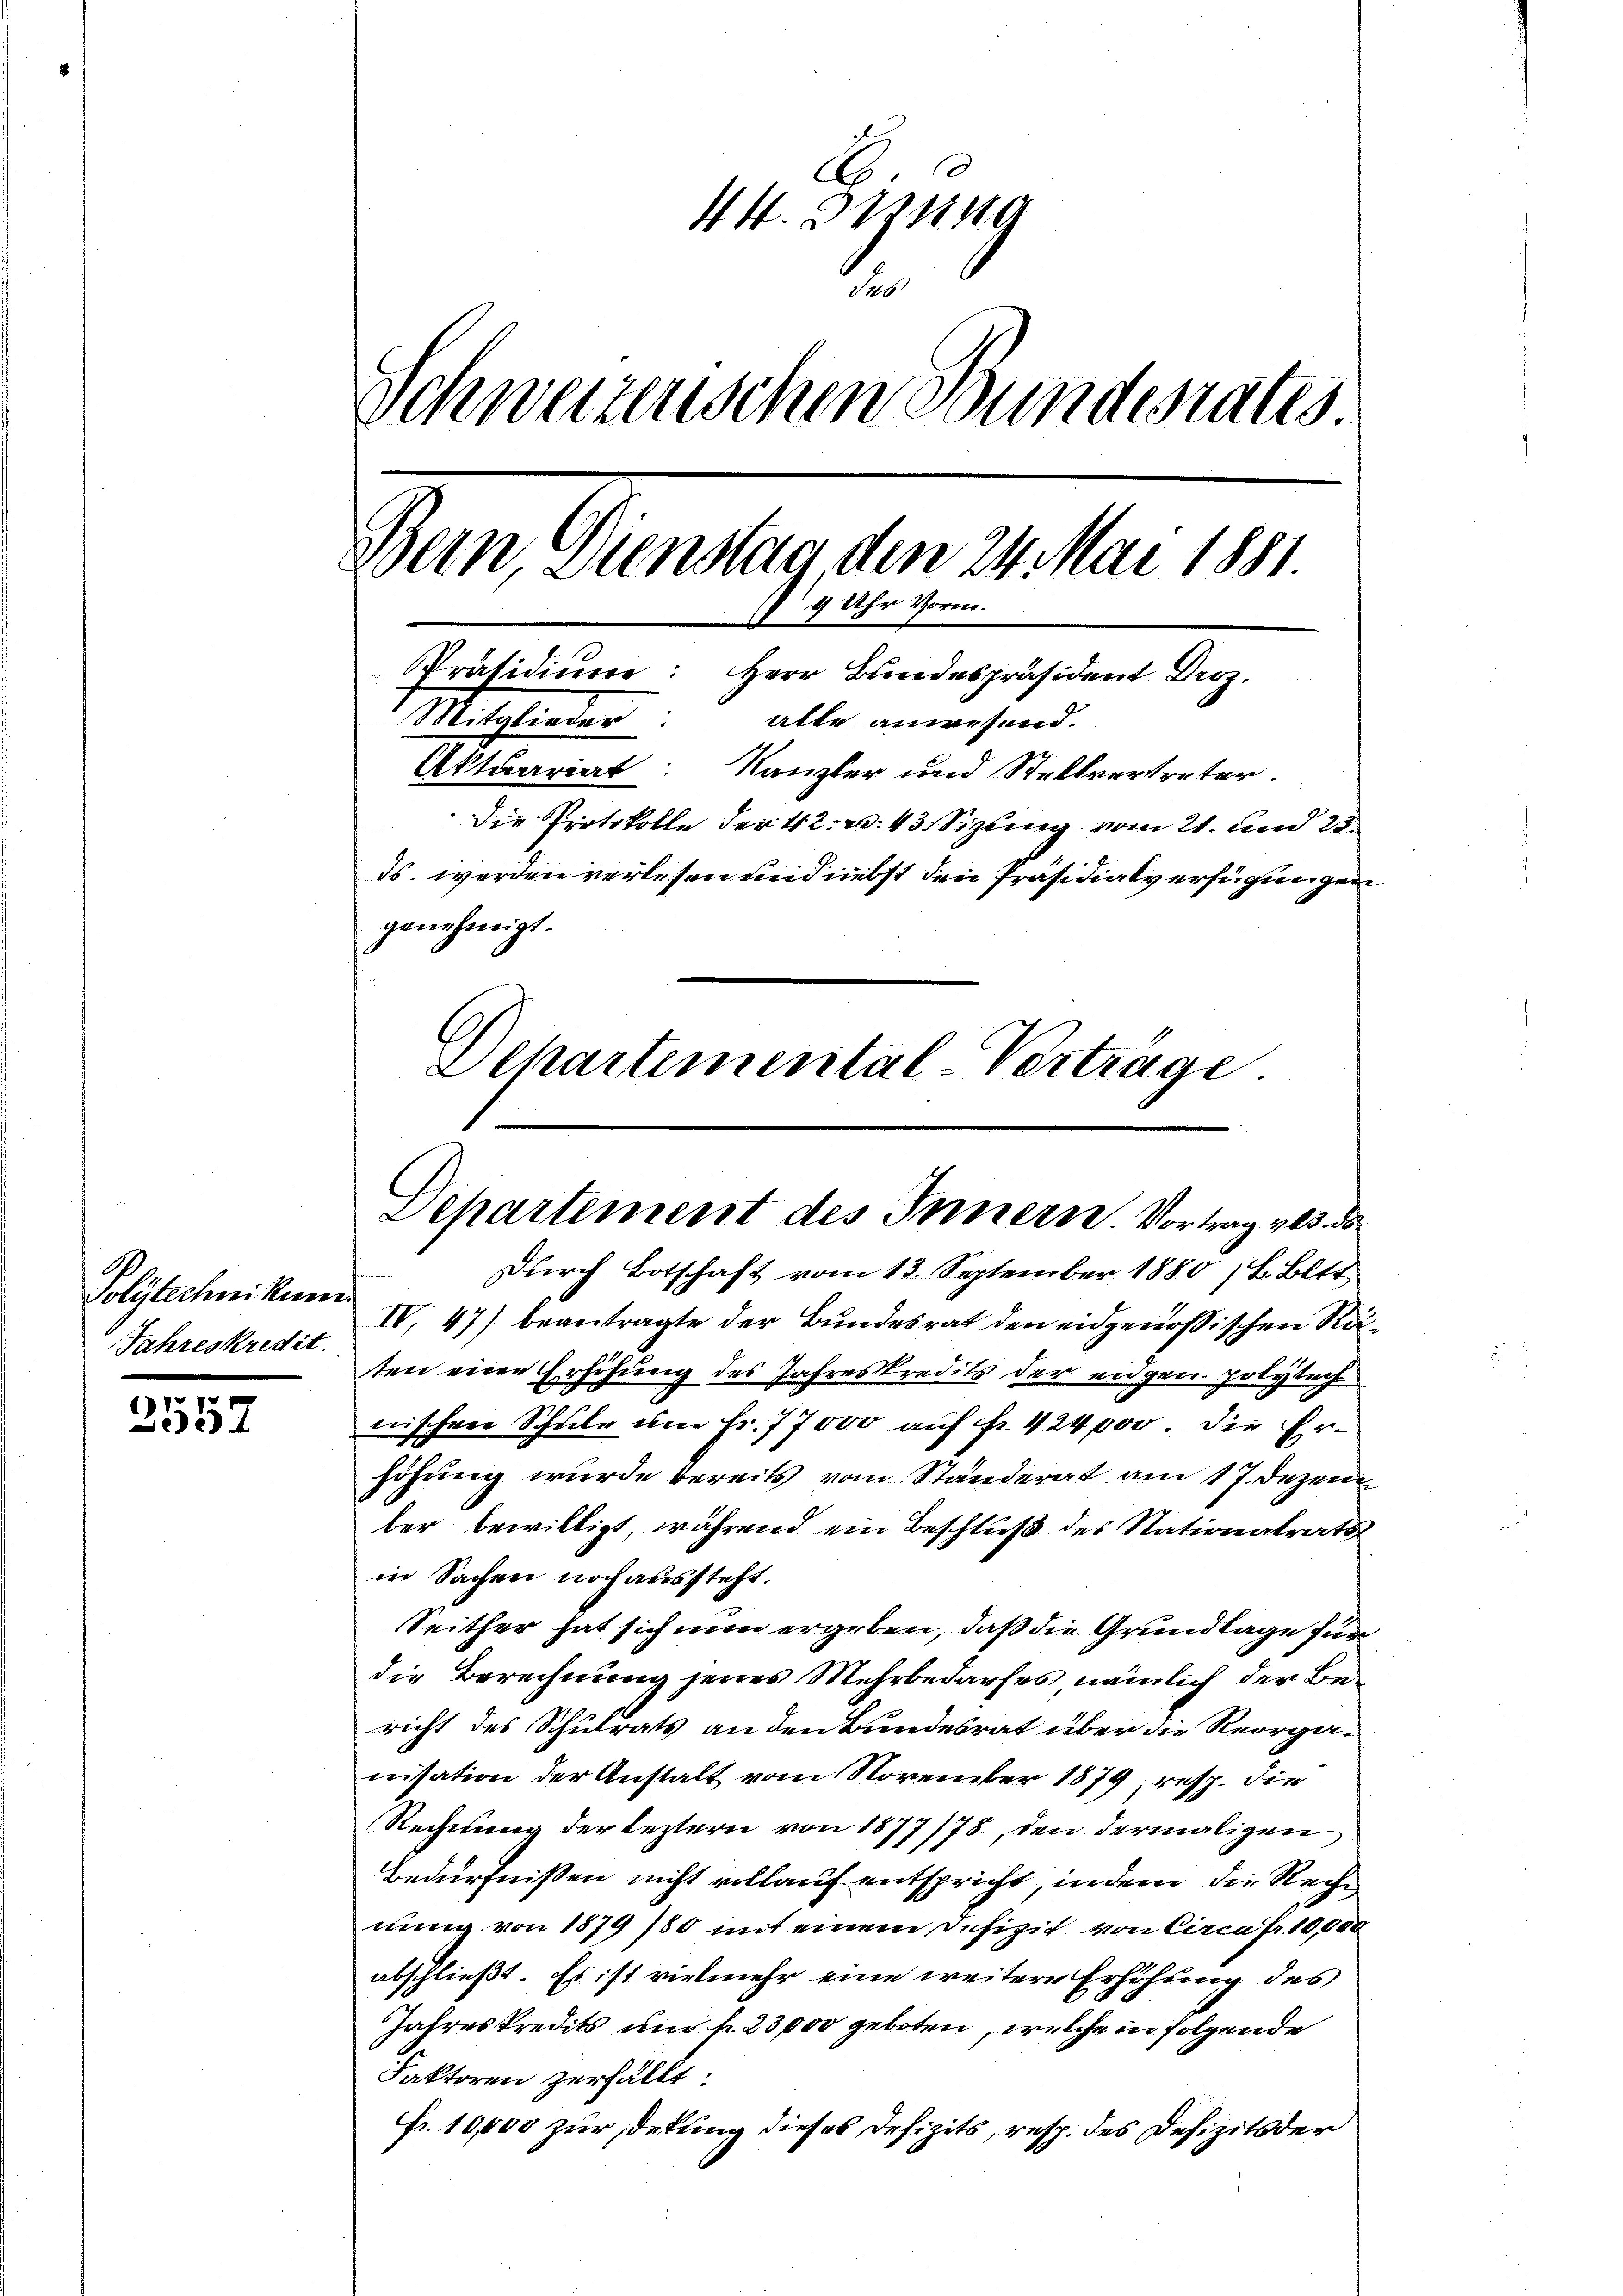
Polytechnikum.
Jahreskredit.

s
1
307

A
44. Stung
1
Schweizerischen Bundesrates.
Dein Dienstag den 24. Mai 1881.
9 Uhr. Voren.
Präsidium: Herr Bundespräsident Droz.
Mitglieder: alle anwesend.
Aktuariat: Kanzler und Stellvertreter.
Die Protokolle der 42. u. 43 Sizling vom 21. und 25
ds werden verlesen und nebst den Präsidialverfügungen
genehmigt.
Schartemental Vertrage

Departement des Innern Vortrag als de

durch Botschaft vom 13. September 1880 / B. Bitt
IV. 47) beantragte der Bundesrat den eidgenössischen Räten eine Erhöhung des Jahreskredits der eidgen. polytech
nischere Schule um Fr. 77000 auf fr. 424,000. Die Erhöhung wurde bereits vom Ständerat am 17. Dezem
ber bewilligt, während ein Beschluß des Nationalrats
in Sachen noch aussteht.
Seither hat sich nun ergeben, daß die Grundlage für
die Berechnung jenes Mehrbedarfes nämlich der Bericht des Schulrats an den Bundesrat über die Reorganisation der Anstalt vom November 1879 resp. die
Rechnung der leztern von 1877/78, den dermaligen
Bedürfnissen nicht vollauf entspricht, indem die Reche
nung von 1879 /80 mit einem Defizit von Circa Fr. 10,000
abschließt. Es ist vielmehr eine weitere Erhöhung des
Jahreskredits um fr. 23,000 geboten, welche in folgende
Faktoren zerfällt:
Fr. 10,000 zur Detung dieses Defizits, resp. des Defizits der